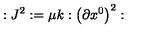
: J ^ { 2 } : = \mu k : \left( \partial x ^ { 0 } \right) ^ { 2 } :